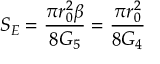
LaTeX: S _ { E } = \frac { \pi r _ { 0 } ^ { 2 } \beta } { 8 G _ { 5 } } = \frac { \pi r _ { 0 } ^ { 2 } } { 8 G _ { 4 } }